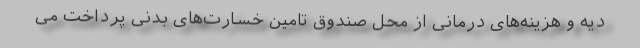
دیه و هزینه‌های درمانی از محل صندوق تامین خسارت‌های بدنی پرداخت می